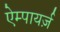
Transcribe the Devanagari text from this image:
ऐम्पायर्ज़